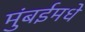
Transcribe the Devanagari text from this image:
मुंबईमधे